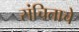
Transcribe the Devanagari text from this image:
संचिताचे